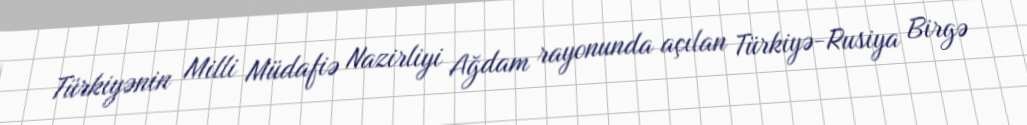
Türkiyənin Milli Müdafiə Nazirliyi Ağdam rayonunda açılan Türkiyə-Rusiya Birgə